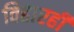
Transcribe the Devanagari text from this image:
विहारही